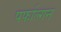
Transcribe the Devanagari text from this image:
पर्फाल्गन